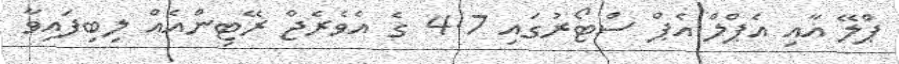
ޕްލޭ އާއި އެޕްލް އެޕް ސްޓޯރުގައި 4.7 ގެ އެވެރެޖް ރޭޓިންއެއް ލިބިފައިވާ